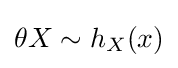
\theta X\sim h_{X}(x)